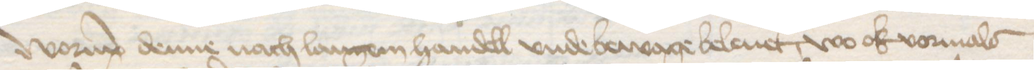
Worup denne nach langem handell vnde bewage beleuet, wo ok vormals